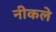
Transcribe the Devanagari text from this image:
नीकले